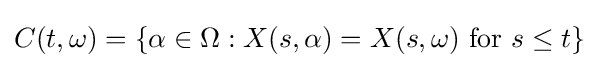
C(t,\omega )=\{\alpha \in \Omega :X(s,\alpha )=X(s,\omega ){\text{ for }}s\leq t\}